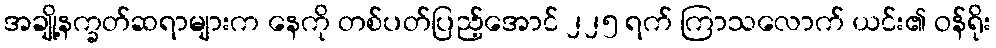
အချို့နက္ခတ်ဆရာများက နေကို တစ်ပတ်ပြည့်အောင် ၂၂၅ ရက် ကြာသလောက် ယင်း၏ ဝန်ရိုး